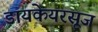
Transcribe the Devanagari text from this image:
डायकेयरसूज